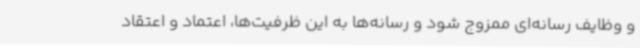
و وظایف رسانه‌ای ممزوج شود و رسانه‌ها به این ظرفیت‌ها، اعتماد و اعتقاد